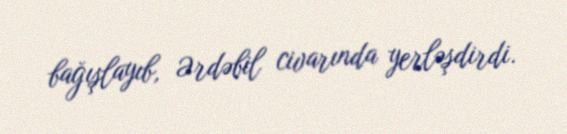
bağışlayıb, Ərdəbil civarında yerləşdirdi.